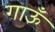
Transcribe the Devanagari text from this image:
गाऊँ